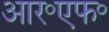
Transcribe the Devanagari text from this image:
आर॰एफ॰